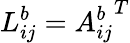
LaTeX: L_{ij}^{b}={A_{ij}^{b}}^{T}